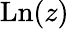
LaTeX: \operatorname{Ln}(z)